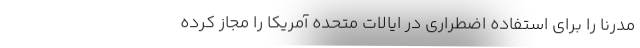
مُدرنا را برای استفاده اضطراری در ایالات متحده آمریکا را مجاز کرده